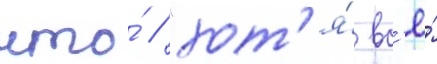
что́ / "хот'я́ вс'ё́